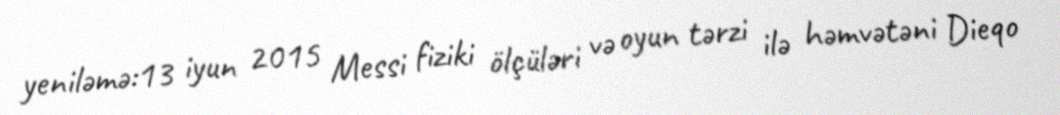
yeniləmə:13 iyun 2015 Messi fiziki ölçüləri və oyun tərzi ilə həmvətəni Dieqo